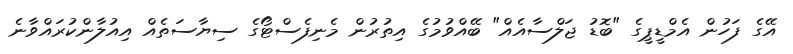
އޭގެ ފަހުން އެމްޑީޕީގެ "ބޮޑު ޖަލްސާއެއް" ބޭއްވުމުގެ އިތުރުން މެނިފެސްޓޯގެ ސިޔާސަތެއް އިއުލާންކުރައްވާނެ